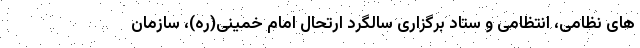
های نظامی، انتظامی و ستاد برگزاری سالگرد ارتحال امام خمینی(ره)، سازمان